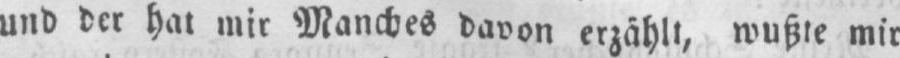
und der hat mir Manches davon erzählt, wußte mir